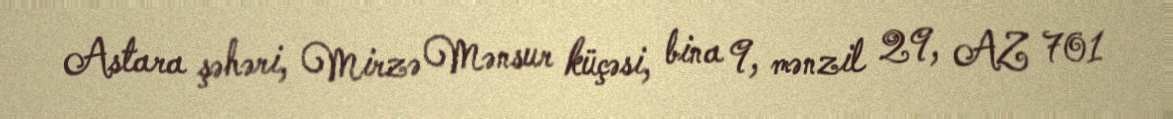
Astara şəhəri, Mirzə Mənsur küçəsi, bina 9, mənzil 29, AZ 701